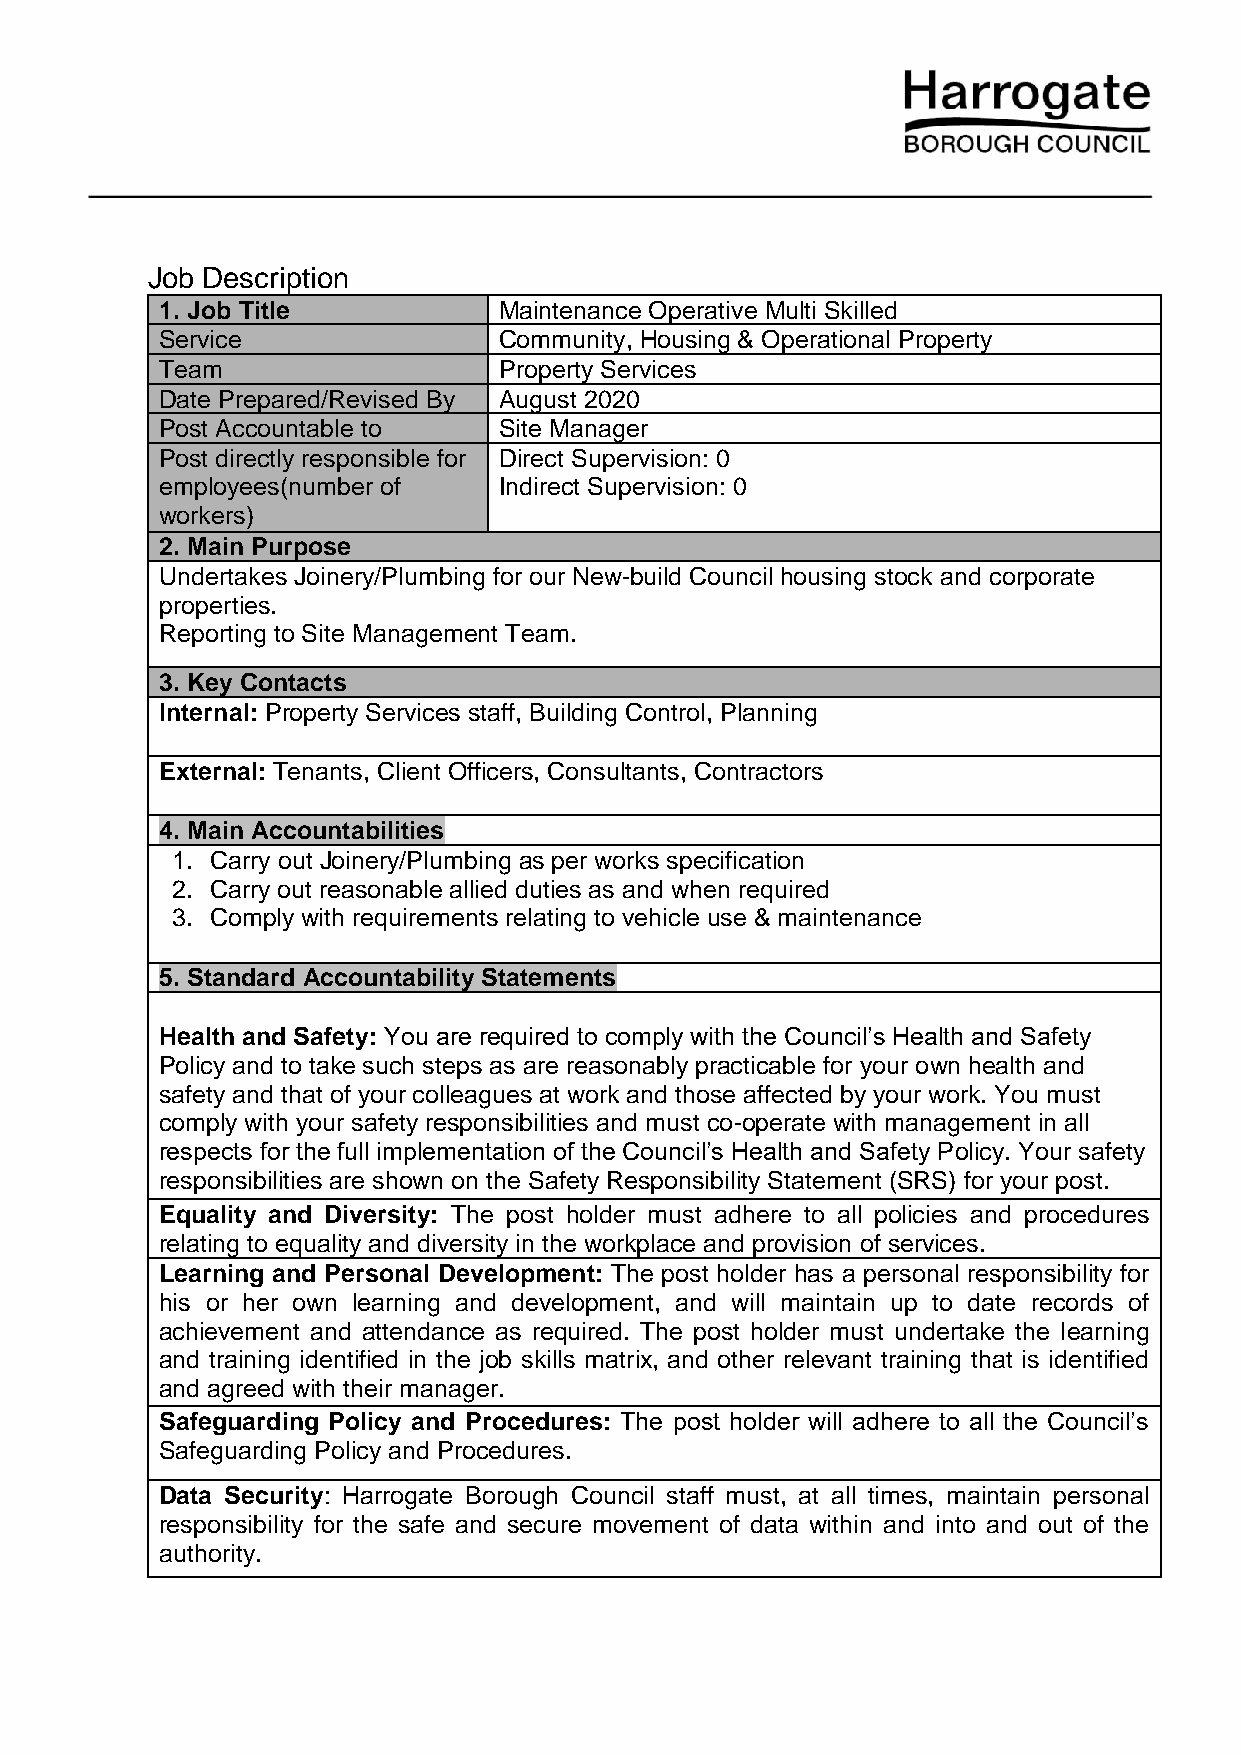
Job Description
 1. Job Title          Maintenance Operative Multi Skilled
 Service               Community, Housing & Operational Property
 Team                  Property Services
 Date Prepared/Revised By August 2020
 Post Accountable to   Site Manager
 Post directly responsible for Direct Supervision: 0
 employees(number of   Indirect Supervision: 0
 workers)
 2. Main Purpose
 Undertakes Joinery/Plumbing for our New-build Council housing stock and corporate
 properties.
 Reporting to Site Management Team.
 3. Key Contacts
 Internal: Property Services staff, Building Control, Planning
 External: Tenants, Client Officers, Consultants, Contractors
 4. Main Accountabilities
 1. Carry out Joinery/Plumbing as per works specification
 2. Carry out reasonable allied duties as and when required
 3. Comply with requirements relating to vehicle use & maintenance
 5. Standard Accountability Statements
 Health and Safety: You are required to comply with the Council’s Health and Safety
 Policy and to take such steps as are reasonably practicable for your own health and
 safety and that of your colleagues at work and those affected by your work. You must
 comply with your safety responsibilities and must co-operate with management in all
 respects for the full implementation of the Council’s Health and Safety Policy. Your safety
 responsibilities are shown on the Safety Responsibility Statement (SRS) for your post.
 Equality and Diversity: The post holder must adhere to all policies and procedures
 relating to equality and diversity in the workplace and provision of services.
 Learning and Personal Development: The post holder has a personal responsibility for
 his or her own learning and development, and will maintain up to date records of
 achievement and attendance as required. The post holder must undertake the learning
 and training identified in the job skills matrix, and other relevant training that is identified
 and agreed with their manager.
 Safeguarding Policy and Procedures: The post holder will adhere to all the Council’s
 Safeguarding Policy and Procedures.
 Data Security: Harrogate Borough Council staff must, at all times, maintain personal
 responsibility for the safe and secure movement of data within and into and out of the
 authority.